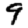
Digit: 9